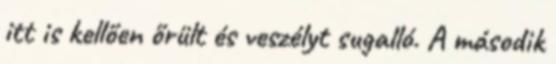
itt is kellően őrült és veszélyt sugalló. A második